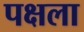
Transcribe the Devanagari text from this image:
पक्षला